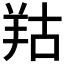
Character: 𦍩